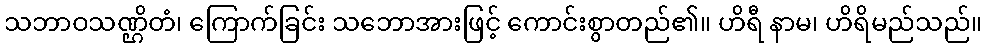
သဘာဝသဏ္ဌိတံ၊ ကြောက်ခြင်း သဘောအားဖြင့် ကောင်းစွာတည်၏။ ဟိရီ နာမ၊ ဟိရိမည်သည်။